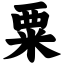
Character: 粟